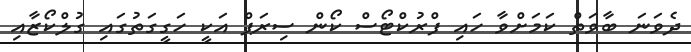
ދެވަނަ ބާވަތް ކަމަށްވާ ހައި ފްރުކްޓޯސް ކޯން ސިރަޕް އަކީ ހަގީގަތުގައި ގުލްކޯޒާއި